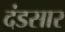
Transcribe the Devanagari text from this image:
दंडसार